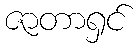
ဇာတာရှင်